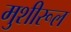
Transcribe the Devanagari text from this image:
मुशीरूल